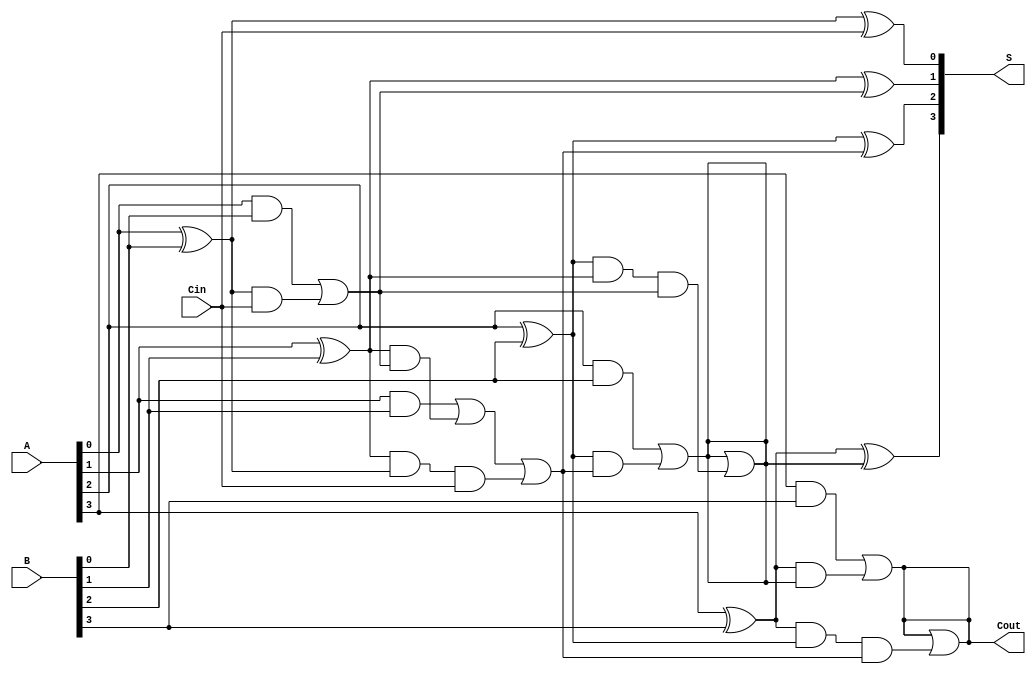
module Sklansky_Adder #(
    parameter N = 4  // Parameterize the width of the adder
)(
    input  [N-1:0] A,     // First n-bit input
    input  [N-1:0] B,     // Second n-bit input
    input        Cin,      // Carry-in
    output [N-1:0] S,      // Sum output
    output       Cout      // Carry-out
);

// Generate and Propagate signals
wire [N-1:0] G; // Generate
wire [N-1:0] P; // Propagate
wire [N:0] C;    // Carry signals

// Generate and Propagate calculations
generate
    genvar i;
    for (i = 0; i < N; i = i + 1) begin: generate_propagate
        assign G[i] = A[i] & B[i];
        assign P[i] = A[i] ^ B[i];
    end
endgenerate

// Carry computation using the Sklansky Adder method
assign C[0] = Cin; // Initial carry-in
generate
    for (i = 0; i < N; i = i + 1) begin: carry_calculation
        if (i == 0) begin
            assign C[i+1] = G[i] | (P[i] & C[i]);
        end else if (i == 1) begin
            assign C[i+1] = G[i] | (P[i] & C[i]) | (P[i] & P[i-1] & C[0]);
        end else begin
            assign C[i+1] = G[i] | (P[i] & C[i]);
            assign C[i+1] = C[i+1] | (P[i] & P[i-1] & C[i-1]);
        end
    end
endgenerate

// Sum calculation
generate
    for (i = 0; i < N; i = i + 1) begin: sum_calculation
        assign S[i] = P[i] ^ C[i];
    end
endgenerate

// Final carry-out
assign Cout = C[N];

endmodule